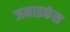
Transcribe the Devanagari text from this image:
जमाइकंस